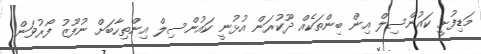
މަޑިފުށީ ކައުންސިލް އިން ބިންތަކެއް ދޫކުރަން އުޅުނީ ކައުންސިލް އިންތިހާބަށް ނުފޫޒު ފޯރުވަން